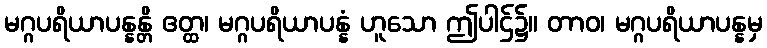
မဂ္ဂပရိယာပန္နန္တိ ဧတ္ထ၊ မဂ္ဂပရိယာပန္နံ ဟူသော ဤပါဌ်၌။ တာဝ၊ မဂ္ဂပရိယာပန္နမှ